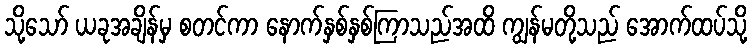
သို့သော် ယခုအချိန်မှ စတင်ကာ နောက်နှစ်နှစ်ကြာသည်အထိ ကျွန်မတို့သည် အောက်ထပ်သို့